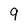
Character: 9